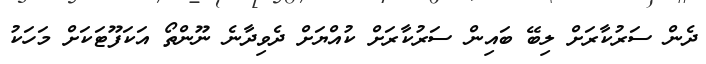
ދެން ސަރުކާރަށް ލިބޭ ބައިން ސަރުކާރަށް ކުއްޔަށް ދެވިދާނެ ނޫންތޯ އަކަފޫޓަކަށް މަހަކު